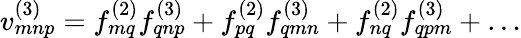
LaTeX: v_{mnp}^{(3)}=f_{mq}^{(2)}f_{qnp}^{(3)}+f_{pq}^{(2)}f_{qmn}^{(3)}+f_{nq}^{(2)}f_{qpm}^{(3)}+\ldots